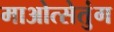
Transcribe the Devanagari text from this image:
माओत्सेतुंग